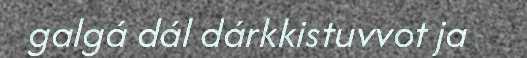
galgá dál dárkkistuvvot ja